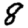
Digit: 8